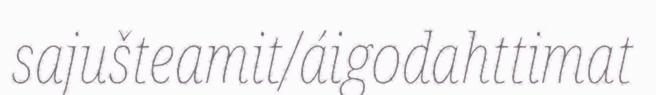
sajušteamit/áigodahttimat